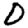
Digit: 0